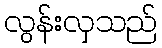
လွန်းလှသည်